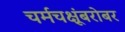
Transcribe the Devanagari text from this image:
चर्मचक्षूंबरोबर